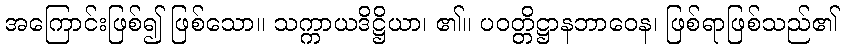
အကြောင်းဖြစ်၍ ဖြစ်သော။ သက္ကာယဒိဋ္ဌိယာ၊ ၏။ ပဝတ္တိဋ္ဌာနဘာဝေန၊ ဖြစ်ရာဖြစ်သည်၏